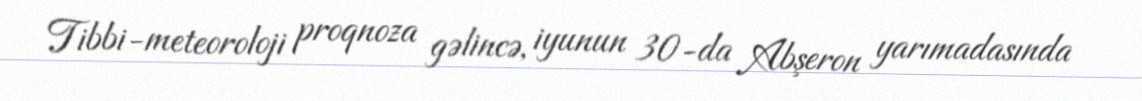
Tibbi-meteoroloji proqnoza gəlincə, iyunun 30-da Abşeron yarımadasında